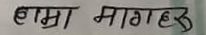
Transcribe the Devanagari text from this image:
हम्रा मागाहउ